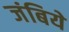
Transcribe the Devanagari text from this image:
जंबिये